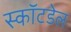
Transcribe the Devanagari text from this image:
स्कॉटडेल